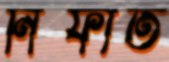
নিফাত